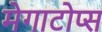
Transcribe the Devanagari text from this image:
मेगाटोप्स